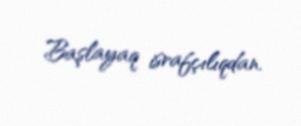
Başlayaq israfçılıqdan.